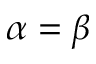
\alpha = \beta